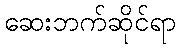
ဆေးဘက်ဆိုင်ရာ